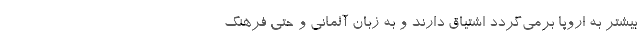
بیشتر به اروپا برمی‌گردد اشتیاق دارند و به زبان آلمانی و حتی فرهنگ